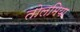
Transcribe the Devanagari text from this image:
तोलमिया